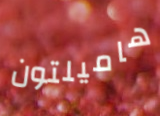
هاميلتون